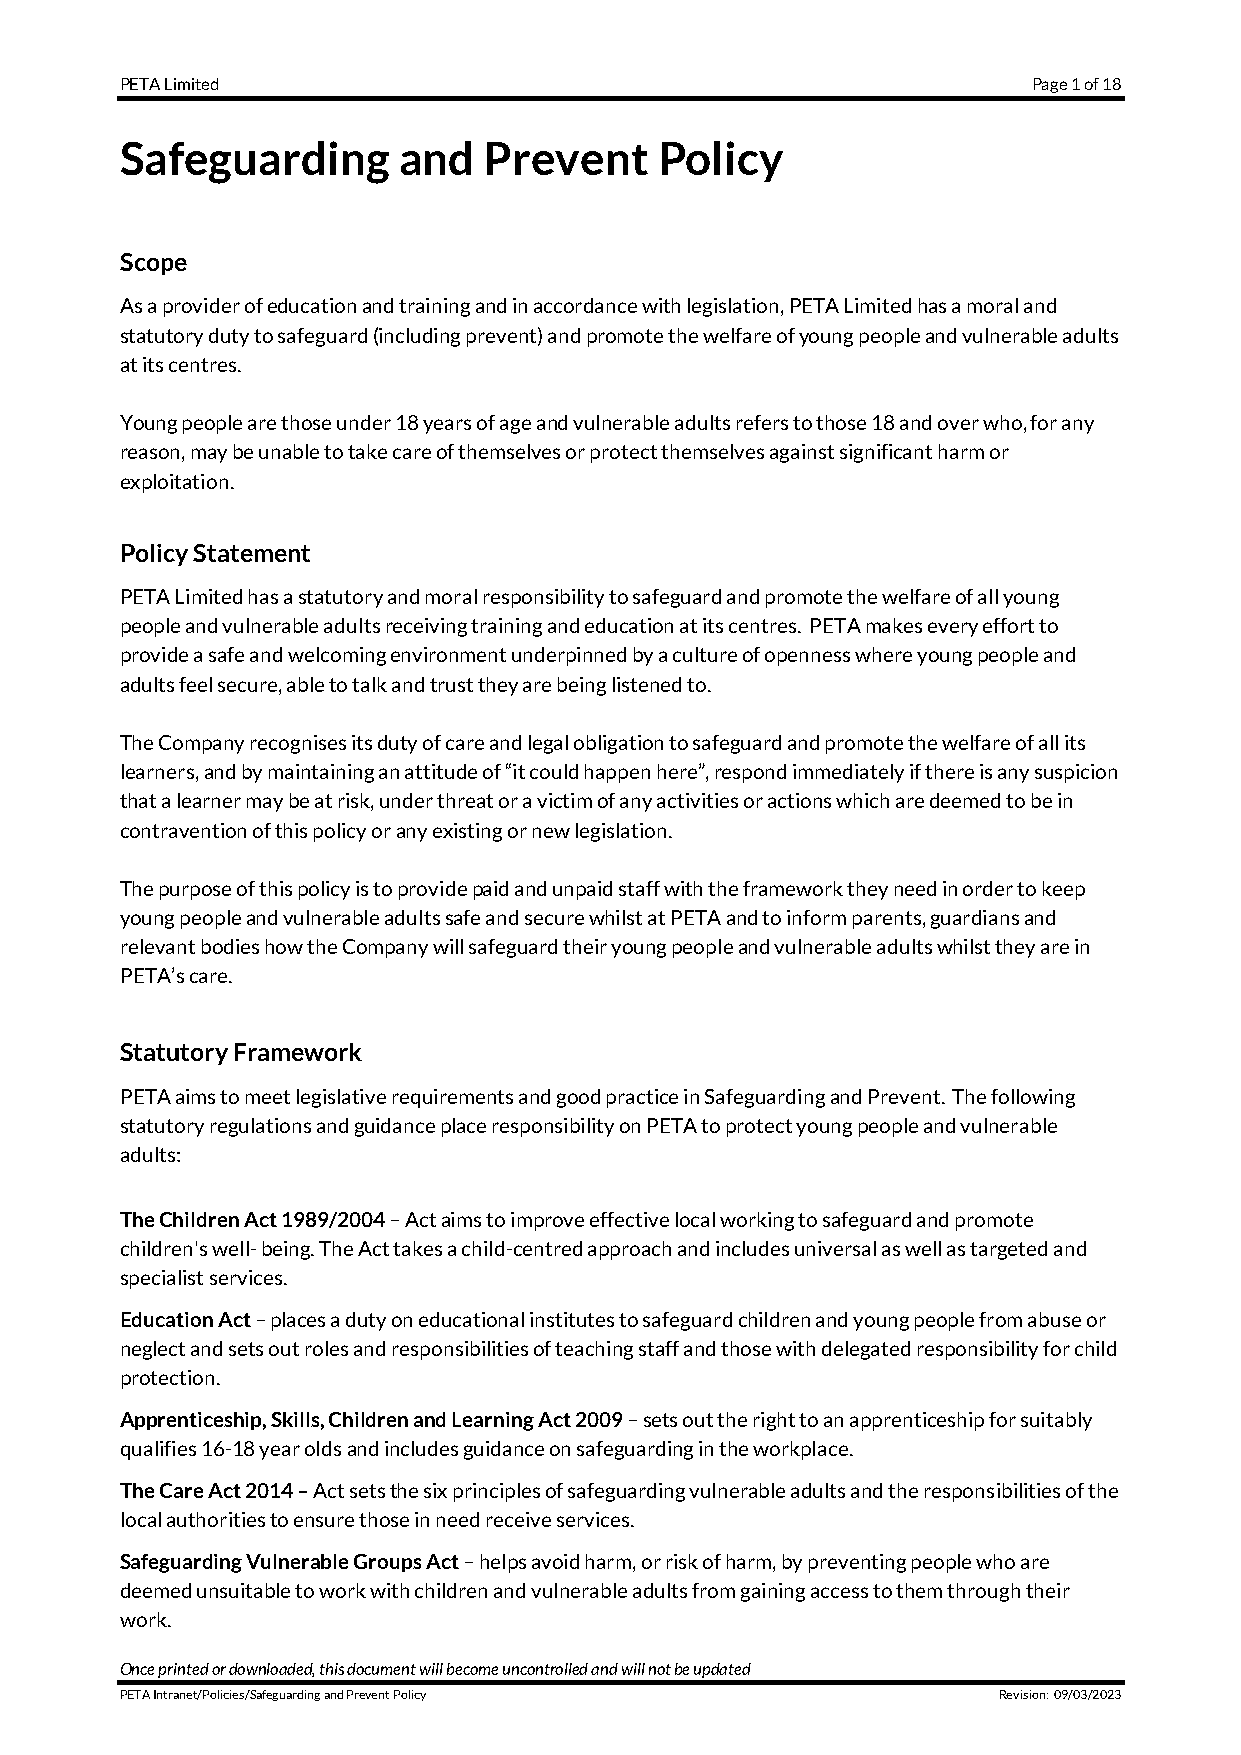
PETA Limited                                                Page 1 of 18
 Safeguarding      and   Prevent     Policy
 Scope
 As a provider of education and training and in accordance with legislation, PETA Limited has a moral and
 statutory duty to safeguard (including prevent) and promote the welfare of young people and vulnerable adults
 at its centres.
 Young people are those under 18 years of age and vulnerable adults refers to those 18 and over who, for any
 reason, may be unable to take care of themselves or protect themselves against significant harm or
 exploitation.
 Policy Statement
 PETA Limited has a statutory and moral responsibility to safeguard and promote the welfare of all young
 people and vulnerable adults receiving training and education at its centres. PETA makes every effort to
 provide a safe and welcoming environment underpinned by a culture of openness where young people and
 adults feel secure, able to talk and trust they are being listened to.
 The Company recognises its duty of care and legal obligation to safeguard and promote the welfare of all its
 learners, and by maintaining an attitude of “it could happen here”, respond immediately if there is any suspicion
 that a learner may be at risk, under threat or a victim of any activities or actions which are deemed to be in
 contravention of this policy or any existing or new legislation.
 The purpose of this policy is to provide paid and unpaid staff with the framework they need in order to keep
 young people and vulnerable adults safe and secure whilst at PETA and to inform parents, guardians and
 relevant bodies how the Company will safeguard their young people and vulnerable adults whilst they are in
 PETA’s care.
 Statutory Framework
 PETA aims to meet legislative requirements and good practice in Safeguarding and Prevent. The following
 statutory regulations and guidance place responsibility on PETA to protect young people and vulnerable
 adults:
 The Children Act 1989/2004 – Act aims to improve effective local working to safeguard and promote
 children's well- being. The Act takes a child-centred approach and includes universal as well as targeted and
 specialist services.
 Education Act – places a duty on educational institutes to safeguard children and young people from abuse or
 neglect and sets out roles and responsibilities of teaching staff and those with delegated responsibility for child
 protection.
 Apprenticeship, Skills, Children and Learning Act 2009 – sets out the right to an apprenticeship for suitably
 qualifies 16-18 year olds and includes guidance on safeguarding in the workplace.
 The Care Act 2014 – Act sets the six principles of safeguarding vulnerable adults and the responsibilities of the
 local authorities to ensure those in need receive services.
 Safeguarding Vulnerable Groups Act – helps avoid harm, or risk of harm, by preventing people who are
 deemed unsuitable to work with children and vulnerable adults from gaining access to them through their
 work.
 Once printed or downloaded, this document will become uncontrolled and will not be updated
 PETA Intranet/Policies/Safeguarding and Prevent Policy    Revision: 09/03/2023